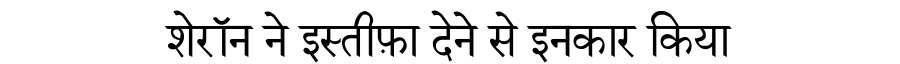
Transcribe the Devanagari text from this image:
शेरॉन ने इस्तीफ़ा देने से इनकार किया